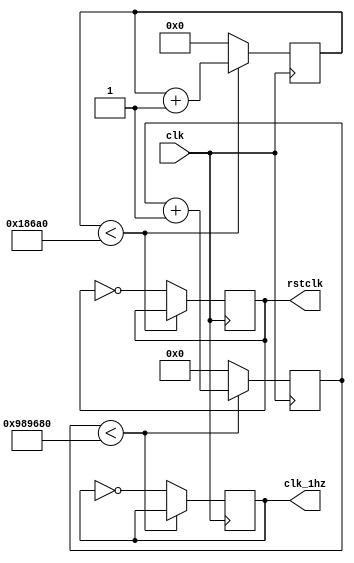
`timescale 1ns / 1ps
//////////////////////////////////////////////////////////////////////////////////
// Company: 
// Engineer: 
// 
// Design Name: 
// Module Name: zhClk2
// Project Name: 
// Target Devices: 
// Tool Versions: 
// Description: 
// 
// Dependencies: 
// 
// Revision:
// Revision 0.01 - File Created
// Additional Comments:
// 
//////////////////////////////////////////////////////////////////////////////////


module zhClk2(input clk,  
output    rstclk,  
output    clk_1hz 

);

reg [26:0] 	count = 0;  
reg [16:0] 	reset = 0; 


reg      	temp_clk = 0; 
reg 		rclk = 0;


assign clk_1hz = temp_clk;// 0.5Hz clock
assign rstclk = rclk; //reset clock

always @(posedge clk) begin 
  if (count < 10000000) begin 
    count <= count + 1; 
  end
  else begin
    temp_clk <= ~temp_clk; 
    count <= 0; 
  end
end

always @(posedge clk) begin 
	if (reset < 100000) begin 
		reset <= reset + 1; 
	end else begin
		reset <= 0; 
		rclk <= ~rclk; 
	end
end


endmodule